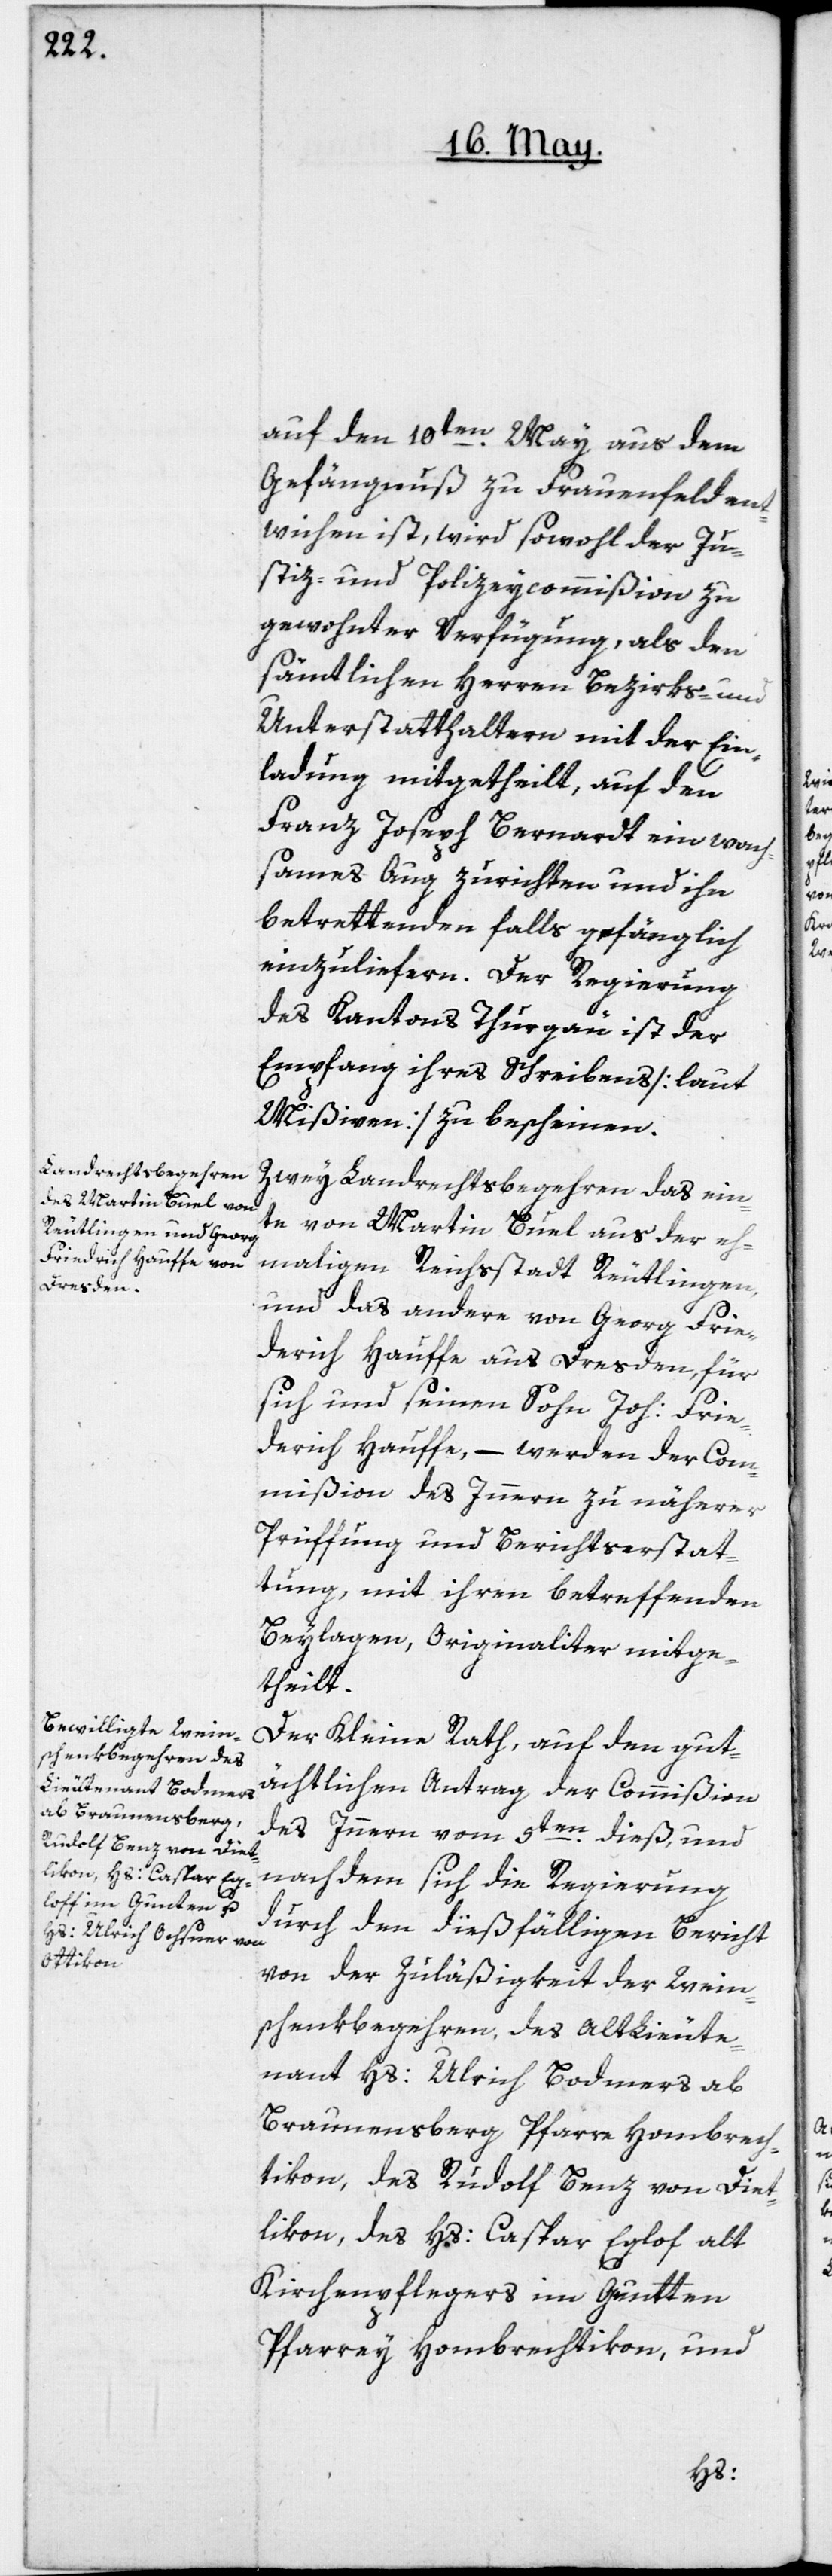
auf den 10ten May aus dem
Gefängniß zu Frauenfeld en¬
twichen ist, wird sowohl der Ju¬
stiz- und Polizeycommißion zu
gewohnter Verfügung, als den
sämtlichen Herren Bezirks- und
Unterstatthaltern mit der Ein¬
ladung mitgetheilt, auf den
Franz Joseph Bernardt ein wach¬
sames Aug zurichten und ihn
betrettenden Falls gefänglich
einzuliefern. Der Regierung
des Kantons Thurgau ist der
Empfang ihres Schreibens [laut
Mißiven] zu bescheinen.
Zwey Landrechtsbegehren, das ein¬
te von Martin Buel aus der ehe¬
maligen Reichsstadt Reutlingen,
und das andere von Georg Frie¬
derich Hauffe aus Dresden, für
sich und seinen Sohn Joh: Frie¬
derich Hauffe, – werden der Com¬
mißion des Innern zu näherer
Prüffung und Berichtserstat¬
tung, mit ihren betreffenden
Beylagen, originaliter mitge¬
theilt.
Der Kleine Rath, auf den gut¬
ächtlichen Antrag der Commißion
des Innern vom 5ten dieß, und
nach dem sich die Regierung
durch den dießfälligen Bericht
von der Zuläßigkeit der Wein¬
schenkbegehren, des alt Lieute¬
nant Hs: Ulrich Bodmers ab
Braunensberg, Pfarre Hombrech¬
tikon; des Rudolf Benz von Diet¬
likon; des Hs: Caspar Eglof
Kirchenpflegers im Guntten,
Pfarrey Hombrechtikon, und